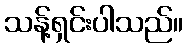
သန့်ရှင်းပါသည်။